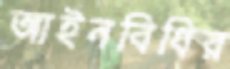
আইনবিধির